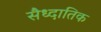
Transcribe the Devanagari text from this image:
सैध्दातिक